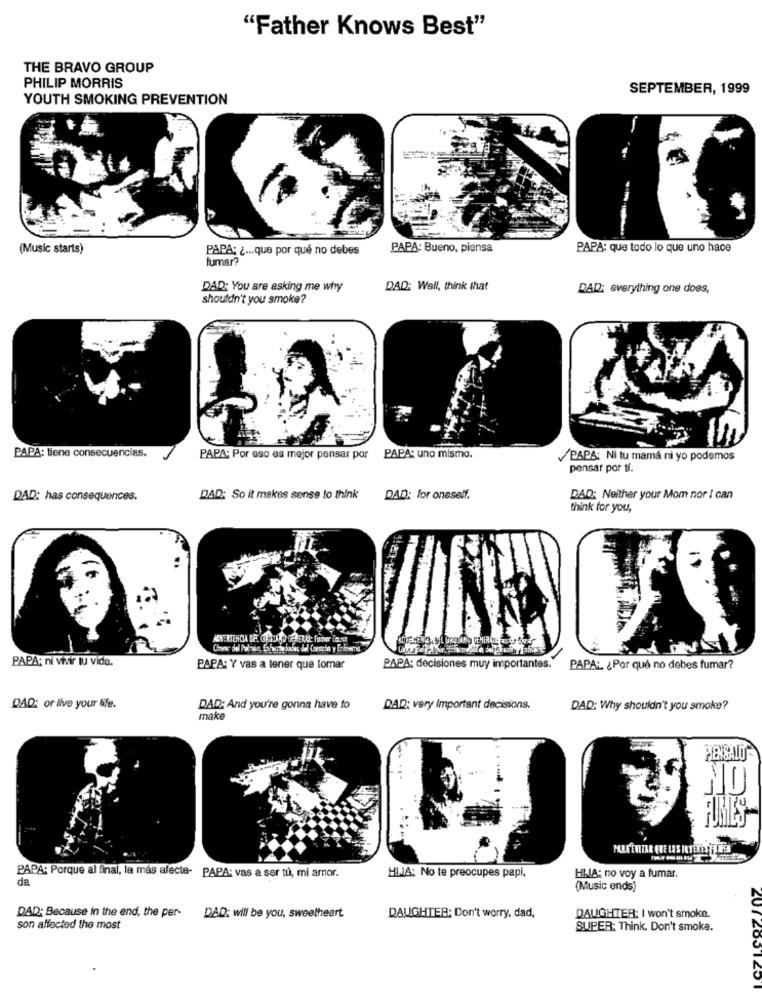
"Father Knows Best"
THE BRAVO GROUP
PHILIP MORRIS
SEPTEMBER, 1999
YOUTH SMOKING PREVENTION
(Music starts)
PAPA; ¿... que por que no debes
PAPA: Bueno, piensa
PAPA: que todo lo que uno hace
fumar?
DAD: You are asking me why
DAD: Well, think that
DAD: everything one does,
shouldn't you smoke?
PAPA: tiene consecuencias.
PAPA: Por eso es mejor pensar por
PAPA: uno mismo.
PAPA: Ni tu mama ni yo podemos
pensar por ti.
DAD: has consequences.
DAD: So it makes sense to think
DAD: for oneself.
DAD: Neither your Mom nor I can
think for you,
PAPA: ni viTir tu vida.
PAPA: Y vas a tener que tomar
PAPA: decisiones muy importantes.
PAPA: ¿ Por qué no debes fumar?
DAD: or live your life.
DAD: And you're gonna have to
DAD: very Important decisions.
DAD: Why shouldn't you smoke?
make
NO
HIA: No te preocupes papi,
PAPA: Porque al final, la más afecta- PAPA: vas a ser tu, mi amor.
da
HLIA: no voy a fumar.
(Music ends)
DAD: Because In the end, the per-
DAD: will be you, sweetheart
DAUGHTER: Don't worry, dad,
DAUGHTER: I won't smoke.
son affected the most
SUPER: Think. Don't smoke.
201 2001201